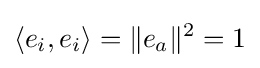
\langle e_{i},e_{i}\rangle =\|e_{a}\|^{2}=1